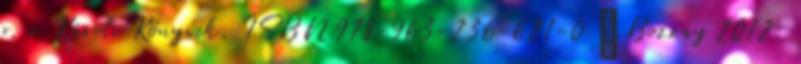
o. = Károli Könyvek, ISBN 978-963-236-621-0 ↑ Bozzay 2012: